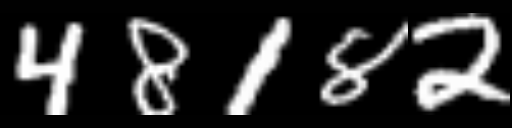
Text: 48182